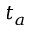
t _ { a }